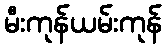
မီးကုန်ယမ်းကုန်